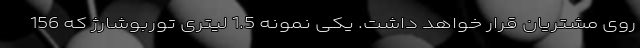
روی مشتریان قرار خواهد داشت. یکی نمونه 1.5 لیتری توربوشارژ که 156